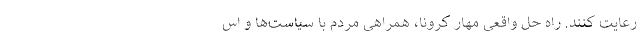
رعایت کنند. راه حل واقعی مهار کرونا، همراهی مردم با سیاست‌ها و اس